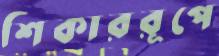
শিকাররূপে